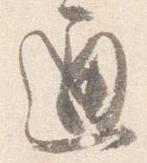
通